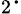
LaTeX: _2\cdot